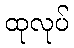
ထုလုပ်